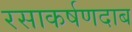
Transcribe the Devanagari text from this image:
रसाकर्षणदाब